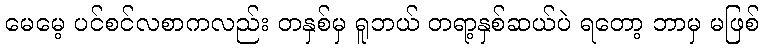
မေမေ့ ပင်စင်လစာကလည်း တနှစ်မှ ရူဘယ် တရာ့နှစ်ဆယ်ပဲ ရတော့ ဘာမှ မဖြစ်